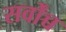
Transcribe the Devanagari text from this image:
सर्वोंच्च